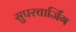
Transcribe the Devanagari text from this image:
सुपरचार्जिंग